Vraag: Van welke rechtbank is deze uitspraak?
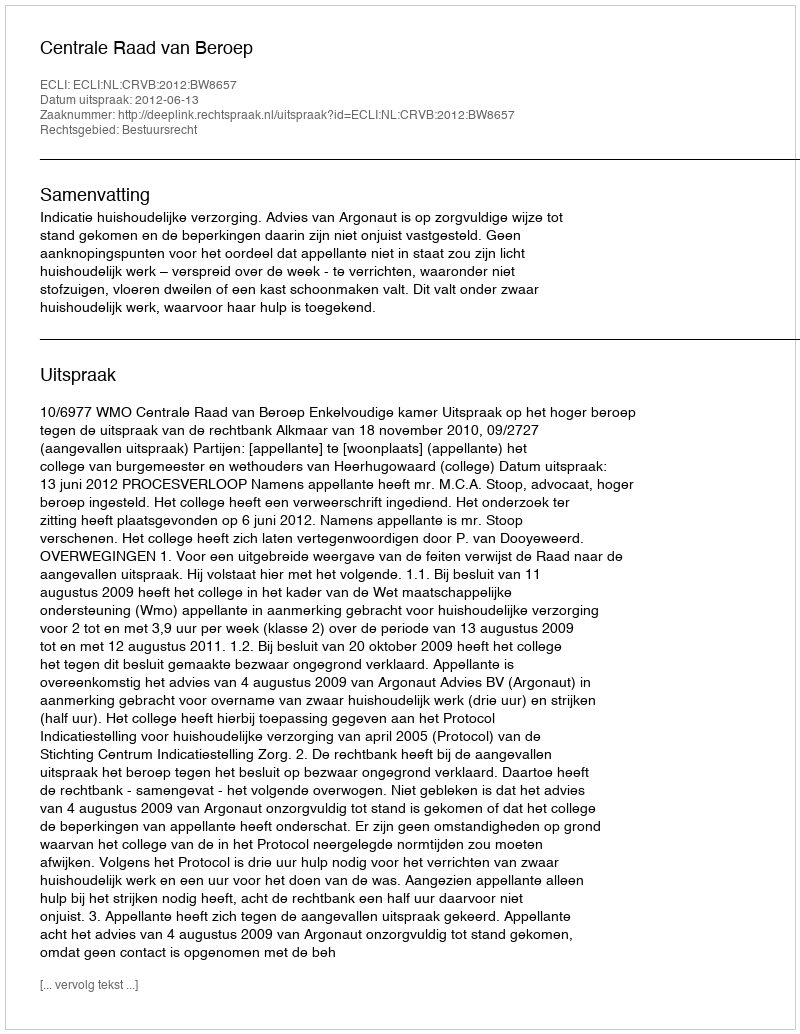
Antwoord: Centrale Raad van Beroep